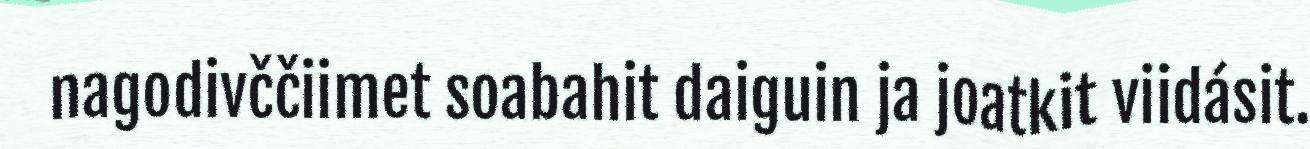
nagodivččiimet soabahit daiguin ja joatkit viidásit.